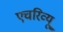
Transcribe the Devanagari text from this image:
एचरिव्यू